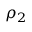
\rho _ { 2 }